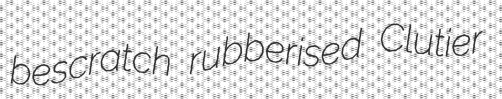
bescratch rubberised Clutier